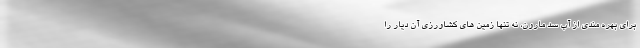
برای بهره مندی از آب سد مارون، نه تنها زمین های کشاورزی آن دیار را